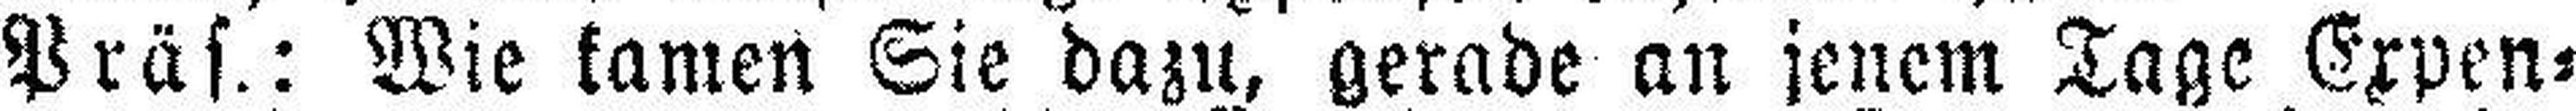
Präs.: Wie kamen Sie dazu, gerade an jenem Tage Expen¬